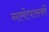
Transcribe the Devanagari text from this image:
नामोपासकों